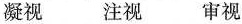
凝视 注视 审视